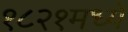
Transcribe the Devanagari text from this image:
१८२१मध्ये